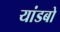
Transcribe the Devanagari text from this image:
यांडबो